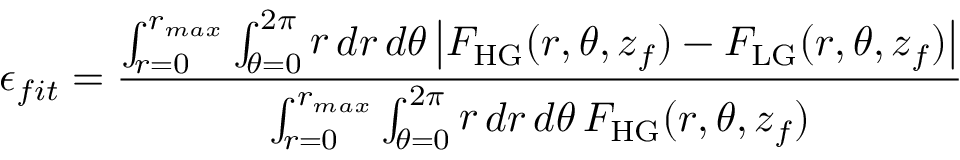
\epsilon _ { f i t } = \frac { \int \displaylimits _ { r = 0 } ^ { r _ { m a x } } \int \displaylimits _ { \theta = 0 } ^ { 2 \pi } \mathop { r } \mathop { d r } \mathop { d \theta } \left| F _ { \mathrm { H G } } ( r , \theta , z _ { f } ) - F _ { \mathrm { L G } } ( r , \theta , z _ { f } ) \right| } { \int \displaylimits _ { r = 0 } ^ { r _ { m a x } } \int \displaylimits _ { \theta = 0 } ^ { 2 \pi } \mathop { r } \mathop { d r } \mathop { d \theta } F _ { \mathrm { H G } } ( r , \theta , z _ { f } ) }